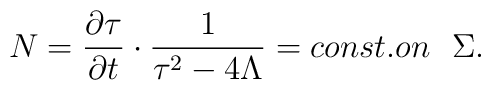
N=\frac{\partial\tau}{\partial t}\cdot \frac{1}{\tau^{2}-4\Lambda}=      const. on\mbox{ \ }\Sigma.